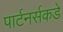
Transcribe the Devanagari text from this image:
पार्टनर्सकडे